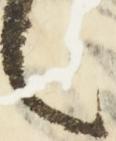
々